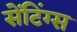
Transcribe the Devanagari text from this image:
सेंटिंग्स